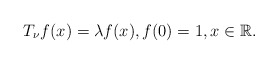
\begin{align*}\displaystyle T_\nu f(x)=\lambda f(x), f(0)=1,x\in \mathbb{R}.\end{align*}